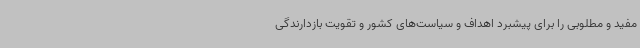
مفید و مطلوبی را برای پیشبرد اهداف و سیاست‌های کشور و تقویت بازدارندگی